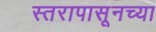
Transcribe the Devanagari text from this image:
स्तरापासूनच्या